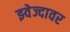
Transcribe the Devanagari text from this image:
झ्वेज्दावर